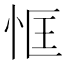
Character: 恇